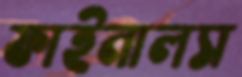
ফাইনালস